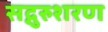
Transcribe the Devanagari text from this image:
सद्गुरुशरण